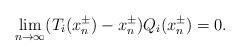
LaTeX: \begin{align*}\lim_{n \to \infty} (T_i(x^\pm_n)-x^\pm_n)Q_i(x^\pm_n) = 0.\end{align*}